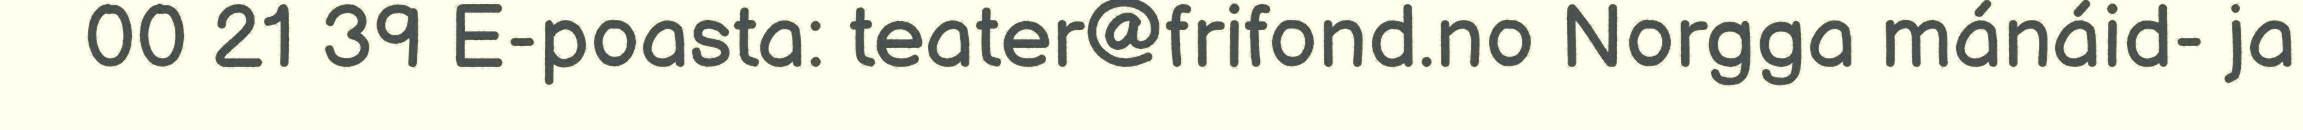
00 21 39 E-poasta: teater@frifond.no Norgga mánáid- ja